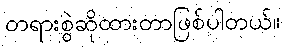
တရားစွဲဆိုထားတာဖြစ်ပါတယ်။